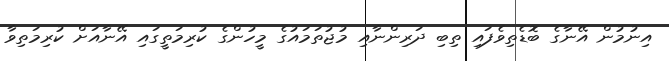
އިނުމުން އޭނާގެ ބޮޑެތިވެފައި ތިބި ދަރިންނާއި މުޖުތަމައުގެ މީހުންގެ ކުރިމަތީގައި އޭނާއަށް ކުރިމަތިވާ